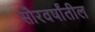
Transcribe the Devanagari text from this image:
सौरवर्षांतील